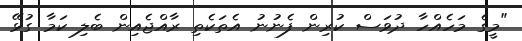
"މީގެ މަހެއްހާ ދުވަސް ކުރިން ފެނުނު އެތަކެތި ރާއްޖެއިން ބެލި ކަމާ ގުޅޭ